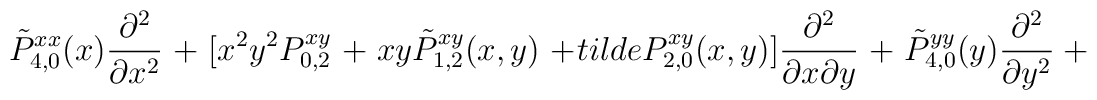
\tilde P_{4,0}^{xx}(x){\partial^2 \over \partial x^2}\ + \ [x^2y^2 P_{0,2}^{xy}\ +\ xy \tilde P_{1,2}^{xy}(x,y)\ +\\tilde{P}_{2,0}^{xy}(x,y)]{\partial^2 \over \partial x \partial y}\ + \ \tilde P_{4,0}^{yy}(y){\partial^2 \over \partial y^2}\ +